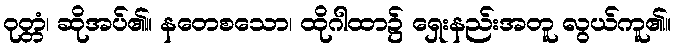
ဝုတ္တံ၊ ဆိုအပ်၏။ နတေစသော၊ ထိုဂါထာ၌ ရှေးနည်းအတူ လွယ်ကူ၏။